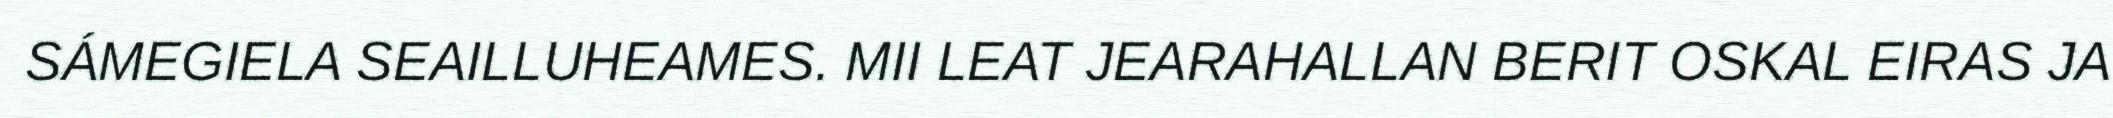
SÁMEGIELA SEAILLUHEAMES. MII LEAT JEARAHALLAN BERIT OSKAL EIRAS JA